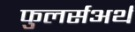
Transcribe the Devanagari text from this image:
फुलर्सअर्थ